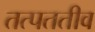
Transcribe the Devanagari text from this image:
तत्पततीव